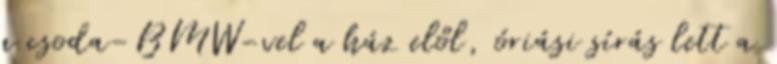
a csoda-BMW-vel a ház elől, óriási sírás lett a